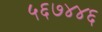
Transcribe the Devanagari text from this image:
५६७४४६